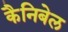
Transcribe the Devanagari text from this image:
कैनिबेल